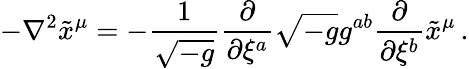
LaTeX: -\nabla^{2}\tilde{x}^{\mu}=-\frac{1}{\sqrt{-g}}\frac{\partial}{\partial\xi^{a}}\sqrt{-g}g^{ab}\frac{\partial}{\partial\xi^{b}}\tilde{x}^{\mu}\, .